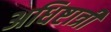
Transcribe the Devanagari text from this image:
अधिष्टात्री